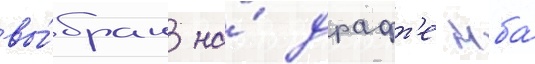
вы́бран на́ драфт'е нба́